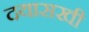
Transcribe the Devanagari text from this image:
दयासखी